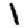
Digit: 1